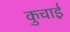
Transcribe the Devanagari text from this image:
कुचार्इ